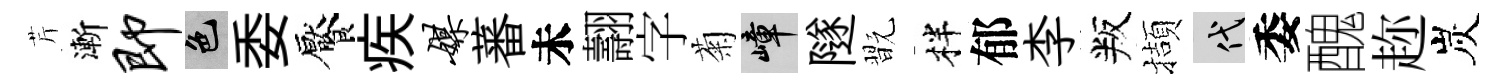
芹漸即色委饜疾媒蕃未翿字菊嶂隧翫柈郁李叛擷代委醜趂炭